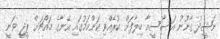
ނަޝީދު ގާނޫނު އަސާސީއާ ހިލާފަށް ކުރެއްވި ކަންކަމުގައި އޭނާގެ މައްޗަށް ޕީޖީ ވަނީ